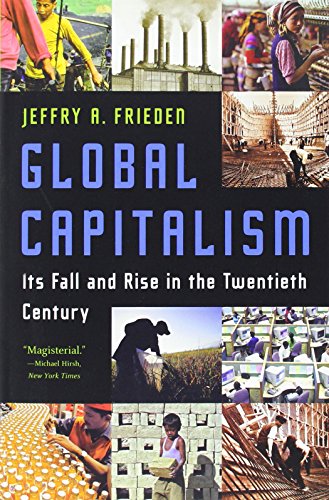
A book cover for Global Capitalism: Its Fall and Rise in the Twentieth Century; Jeffry A. Frieden; Business & Money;